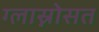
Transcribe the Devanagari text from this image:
ग्लास्नोसत